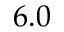
6 . 0